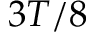
3 T / 8